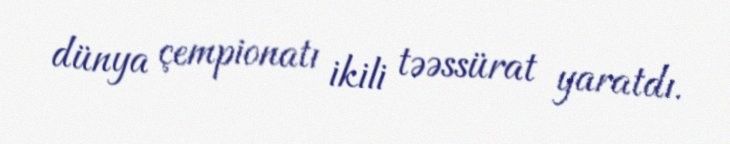
dünya çempionatı ikili təəssürat yaratdı.